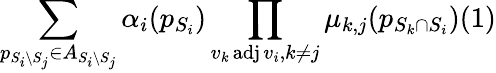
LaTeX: \sum_{p_{S_{i}\setminus S_{j}}\in A_{S_{i}\setminus S_{j}}}\alpha_{i}(p_{S_{i}})\prod_{{v_{k}\operatorname{adj}v_{i}},{k\neq j}}\mu_{k,j}(p_{S_{k}\cap S_{i}})(1)